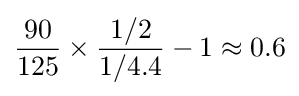
{\frac {90}{125}}\times {\frac {1/2}{1/4.4}}-1\approx 0.6